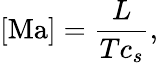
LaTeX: [\mathrm{Ma}]=\frac{L}{Tc_{s}},